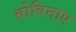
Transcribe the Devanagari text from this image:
बोविनाए